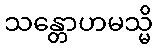
သန္တောဟမသ္မိ